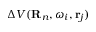
\Delta V ( { \bf R } _ { n } , \omega _ { i } , { \bf r } _ { j } )